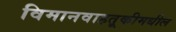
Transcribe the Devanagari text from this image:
विमानवाहतूकीमधील